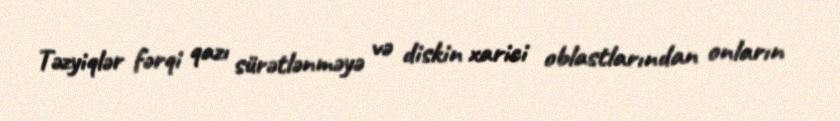
Təzyiqlər fərqi qazı sürətlənməyə və diskin xarici oblastlarından onların